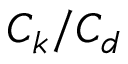
C _ { k } / C _ { d }